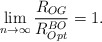
\begin{align*} \lim_{n\rightarrow\infty}\frac{R_{OG}}{R_{Opt}^{BO}}=1. \end{align*}